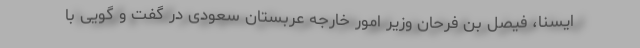
ایسنا، فیصل بن فرحان وزیر امور خارجه عربستان سعودی در گفت و گویی با